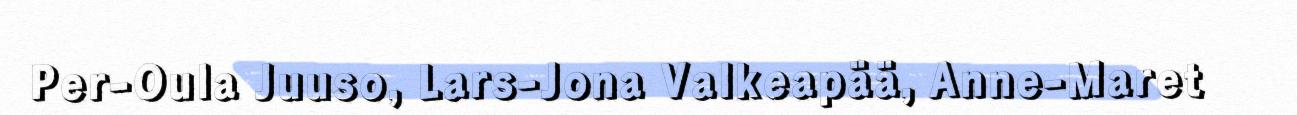
Per-Oula Juuso, Lars-Jona Valkeapää, Anne-Maret